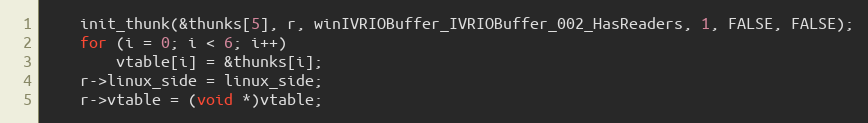
Language: C
    init_thunk(&thunks[5], r, winIVRIOBuffer_IVRIOBuffer_002_HasReaders, 1, FALSE, FALSE);
    for (i = 0; i < 6; i++)
        vtable[i] = &thunks[i];
    r->linux_side = linux_side;
    r->vtable = (void *)vtable;